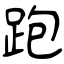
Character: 跑